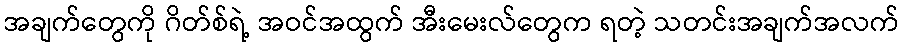
အချက်တွေကို ဂိတ်စ်ရဲ့ အဝင်အထွက် အီးမေးလ်တွေက ရတဲ့ သတင်းအချက်အလက်